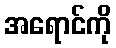
အရောင်ကို